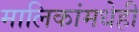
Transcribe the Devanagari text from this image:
मालिकांमधेही